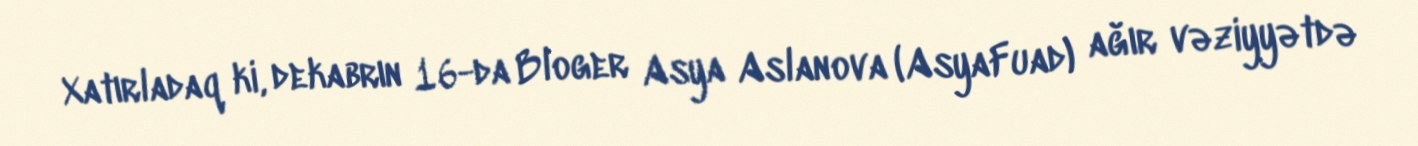
Xatırladaq ki, dekabrın 16-da Bloger Asya Aslanova (AsyaFuad) ağır vəziyyətdə